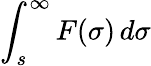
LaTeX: \int_{s}^{\infty}F(\sigma)\, d\sigma